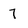
Character: 7